Medical and sanitary report of the native army of Madras for the year
Year: 1877
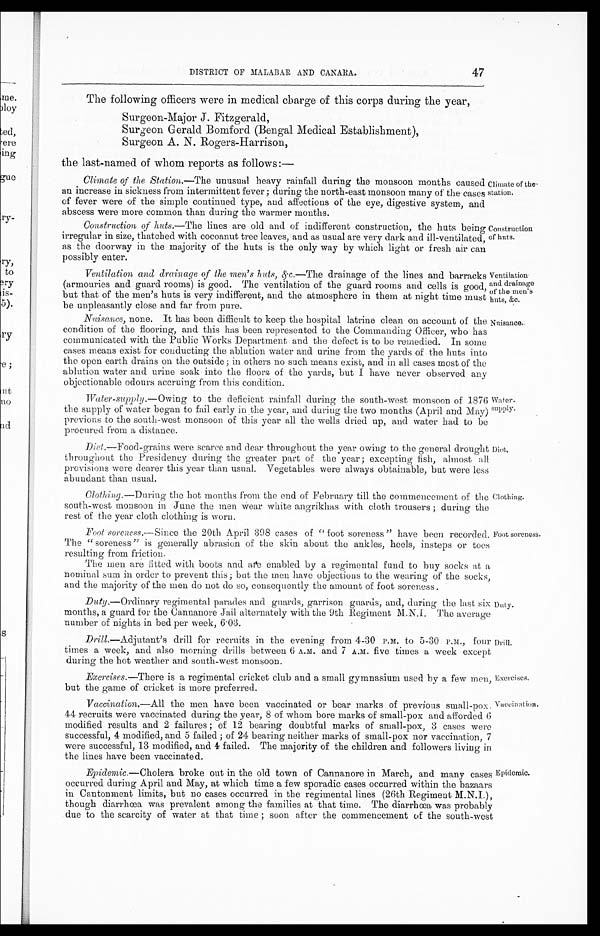
Ventilation
and drainage
of the men's
huts, &c.
Nuisance.
DISTRICT OF MALABAR AND CANARA. 47
The following officers were in medical charge of this corps during the year,
Surgeon-Major J. Fitzgerald,
Surgeon Gerald Bomford (Bengal Medical Establishment),
Surgeon A. N. Rogers-Harrison,
the last-named of whom reports as follows:—
Climate of the Station .—The unusual heavy rainfall during the monsoon months caused
an increase in sickness from intermittent fever ; during the north-east monsoon many of the cases
of fever were of the simple continued type, and affections of the eye, digestive system, and
abscess were more common than during the warmer months.
Construction of huts .—The lines are old and of indifferent construction, the huts being
irregular in size, thatched with cocoanut tree leaves, and as usual are very dark and ill-ventilated,
as the doorway in the majority of the huts is the only way by which light or fresh air can
possibly enter.
Climate of the
-station.
Construction
of huts.
Ventilation and drainage of the men's huts, &c .—The drainage of the lines and barracks
(armouries and guard rooms) is good. The ventilation of the guard rooms and cells is good,
but that of the men's huts is very indifferent, and the atmosphere in them at night time must
be unpleasantly close and far from pure.
Nuisance, none. It has been difficult to keep the hospital latrine clean on account of the
condition of the flooring, and this has been represented to the Commanding Officer, who has
communicated with the Public Works Department and the defect is to be remedied. In some
cases means exist for conducting the ablution water and urine from the yards of the huts into
the open earth drains on the outside; in others no such means exist, and in all cases most of the
ablution water and urine soak into the floors of the yards, but I have never observed any
objectionable odours accruing from this condition.
Water-supply .—Owing to the deficient rainfall during the south-west monsoon of 1876
the supply of water began to fail early in the year, and during the two months (April and May)
previous to the south-west monsoon of this year all the wells dried up, and water bad to be
procured from a distance.
Diet .—Food-grains were scarce and dear throughout the year owing to the general drought
throughout the Presidency during the greater part of the year ; excepting fish, almost all
provisions were dearer this year than usual. Vegetables were always obtainable, but were less
abundant than usual.
Clothing .—During the hot months from the end of February till the commencement of the
south-west monsoon in June the men Wear white angrikhas with cloth trousers ; during the
rest of the year cloth clothing is worn.
Water-
supply.
Diet.
Clothing.
Foot soreness .—Since the 20th April 398 cases of "foot soreness" have been recorded.
The "soreness" is generally abrasion of the skin about the ankles, heels, insteps or toes
resulting from friction.
The men are fitted with boots and are enabled by a regimental fund to buy socks at a
nominal sum in order to prevent this ; but the men have objections to the wearing of the socks,
and the majority of the men do not do so, consequently the amount of foot soreness.
Duty .—Ordinary regimental parades and guards, garrison guards, and, during the last six
months, a guard for the Cannanore Jail alternately with the 9th Regiment M.N.I. The average
number of nights in bed per week, 6.03.
Foot soreness.
Duty.
Drill .—Adjutant's drill for recruits in the evening from 4-30 P.M. to 5-30 P.M., four
times a week, and also morning drills between 6 A.M. and 7 A.M. five times a week except
during the hot weather and south-west monsoon.
Exercises.—There is a regimental cricket club and a small gymnasium used by a few men,
but the game of cricket is more preferred.
Vaccination .—All the men have been vaccinated or bear marks of previous small-pox.
44 recruits were vaccinated during the year, 8 of whom bore marks of small-pox and afforded 6
modified results and 2 failures ; of 12 bearing doubtful marks of small-pox, 3 cases were
successful, 4 modified, and 5 failed ; of 24 bearing neither marks of small-pox nor vaccination, 7
were successful, 13 modified, and 4 failed. The majority of the children and followers living in
the lines have been vaccinated.
Drill.
Exercises.
Vaccination.
Epidemic .—Cholera broke out in the old town of Cannanore in March, and many cases
occurred during April and May, at which time a few sporadic cases occurred within the bazaars
in Cantonment limits, but no cases occurred in the regimental lines (26th Regiment M.N.I.),
though diarrhœa was prevalent among the families at that time. The diarrhoea was probably
due to the scarcity of water at that time ; soon after the commencement of the south-west
Epidemic.